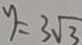
y = 3 \sqrt { 3 }